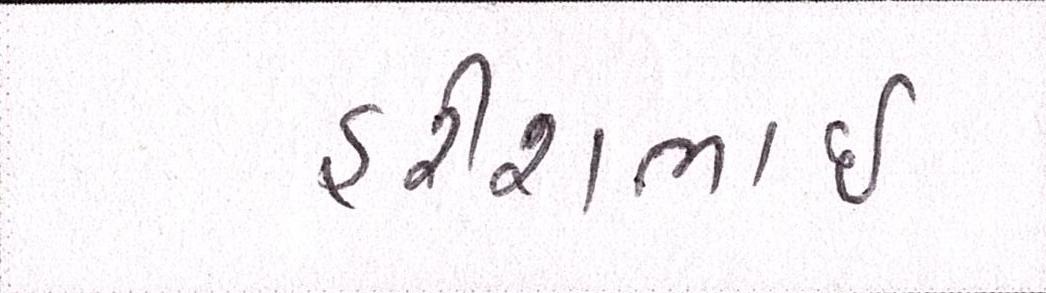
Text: હરીશભાઈ